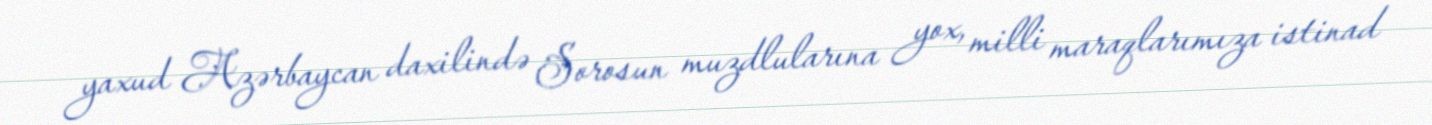
yaxud Azərbaycan daxilində Sorosun muzdlularına yox, milli maraqlarımıza istinad